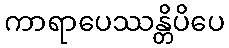
ကာရာပေဿန္တိပိပေ